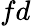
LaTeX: fd